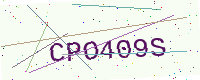
Text: CPO409S